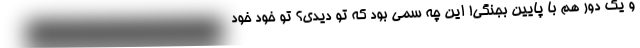
و یک دور هم با پایین بجنگی! این چه سمی بود که تو دیدی؟ تو خود خود